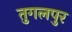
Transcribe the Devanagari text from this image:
तुगलपुर